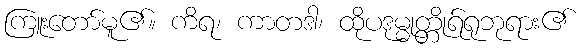
ကြူးတော်မူ၏။ ကိရ၊ ကာတဒါ၊ ထိုပဒုမ္မုတ္တိုရ်ရုဘုရား၏